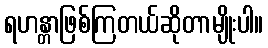
ရဟန္တာဖြစ်ကြတယ်ဆိုတာမျိုးပါ။